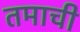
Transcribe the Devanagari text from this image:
तमाची